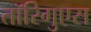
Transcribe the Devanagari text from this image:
तॉरिगुएस